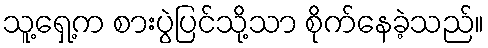
သူ့ရှေ့က စားပွဲပြင်သို့သာ စိုက်နေခဲ့သည်။